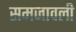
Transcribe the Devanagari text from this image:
समजावली